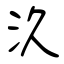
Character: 汣